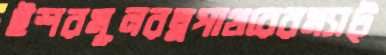
ইশরমূলরত্নপাথরেরম্যাট্